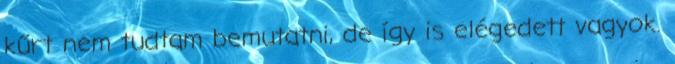
kűrt nem tudtam bemutatni, de így is elégedett vagyok.